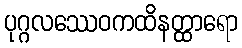
ပုဂ္ဂလဿေဝကထိနတ္ထာရော